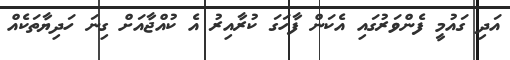
އަދި ގައުމީ ފެންވަރުގައި އެކަން ފާހަގަ ކުރާއިރު އެ ކުއްޖާއަށް ގިނަ ހަދިޔާތަކެއް